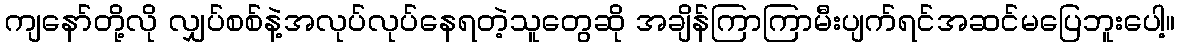
ကျနော်တို့လို လျှပ်စစ်နဲ့အလုပ်လုပ်နေရတဲ့သူတွေဆို အချိန်ကြာကြာမီးပျက်ရင်အဆင်မပြေဘူးပေါ့။